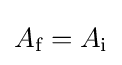
A_{\text{f}}=A_{\text{i}}